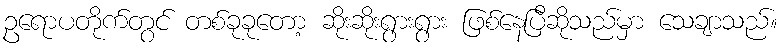
ဥရောပတိုက်တွင် တစ်ခုခုတော့ ဆိုးဆိုးရွားရွား ဖြစ်နေပြီဆိုသည်မှာ သေချာသည်။